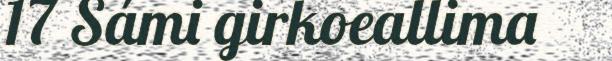
17 Sámi girkoeallima